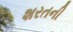
શરતની